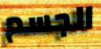
الجسم